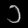
Digit: ၁